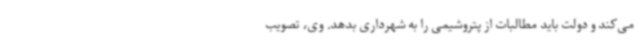
می‌کند و دولت باید مطالبات از پتروشیمی را به شهرداری بدهد. وی، تصویب